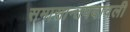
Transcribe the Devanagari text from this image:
समासान्तपदावली